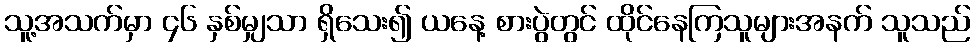
သူ့အသက်မှာ ၄၆ နှစ်မျှသာ ရှိသေး၍ ယနေ့ စားပွဲတွင် ထိုင်နေကြသူများအနက် သူသည်